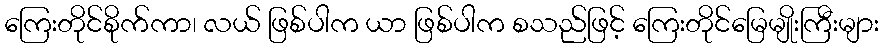
ကြေးတိုင်စိုက်ကာ၊ လယ် ဖြစ်ပါက ယာ ဖြစ်ပါက စသည်ဖြင့် ကြေးတိုင်မြေမျိုးကြီးများ